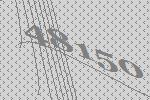
48150